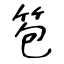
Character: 笣